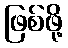
ဖြစ်ဖို့